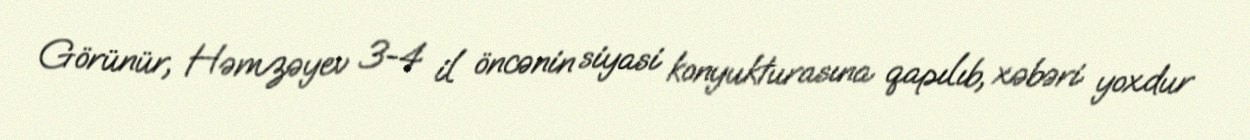
Görünür, Həmzəyev 3-4 il öncənin siyasi konyukturasına qapılıb, xəbəri yoxdur